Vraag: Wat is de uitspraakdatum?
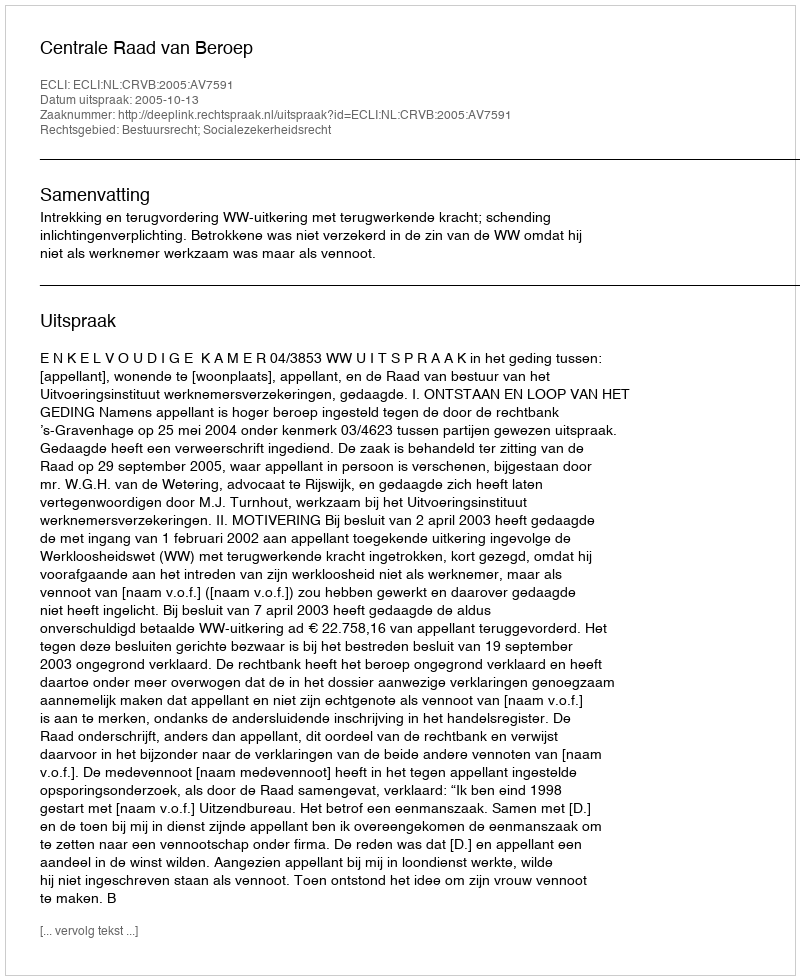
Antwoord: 2005-10-13